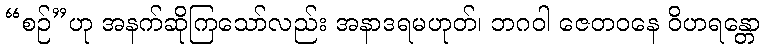
“စဉ်”ဟု အနက်ဆိုကြသော်လည်း အနာဒရမဟုတ်၊ ဘဂဝါ ဇေတဝနေ ဝိဟရန္တော